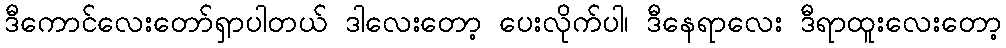
ဒီကောင်လေးတော်ရှာပါတယ် ဒါလေးတော့ ပေးလိုက်ပါ၊ ဒီနေရာလေး ဒီရာထူးလေးတော့